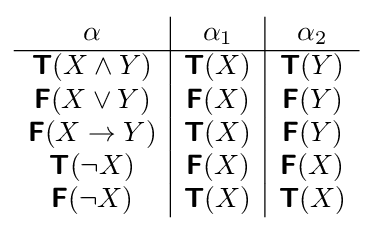
{\begin{array}{c|c|c}\alpha &\alpha _{1}&\alpha _{2}\\\hline {\boldsymbol {\mathsf {T}}}(X\land Y)&{\boldsymbol {\mathsf {T}}}(X)&{\boldsymbol {\mathsf {T}}}(Y)\\{\boldsymbol {\mathsf {F}}}(X\lor Y)&{\boldsymbol {\mathsf {F}}}(X)&{\boldsymbol {\mathsf {F}}}(Y)\\{\boldsymbol {\mathsf {F}}}(X\to Y)&{\boldsymbol {\mathsf {T}}}(X)&{\boldsymbol {\mathsf {F}}}(Y)\\{\boldsymbol {\mathsf {T}}}(\neg X)&{\boldsymbol {\mathsf {F}}}(X)&{\boldsymbol {\mathsf {F}}}(X)\\{\boldsymbol {\mathsf {F}}}(\neg X)&{\boldsymbol {\mathsf {T}}}(X)&{\boldsymbol {\mathsf {T}}}(X)\\\end{array}}